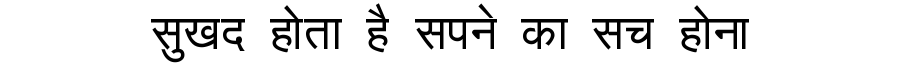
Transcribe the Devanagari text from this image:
सुखद होता है सपने का सच होना